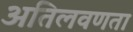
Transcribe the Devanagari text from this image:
अतिलवणता